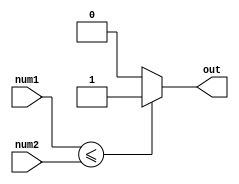
module comparator (
    input [7:0] num1,
    input [7:0] num2,
    output reg out
);

always @* begin
    if (num1 <= num2) begin
        out <= 1;
    end else begin
        out <= 0;
    end
end

endmodule